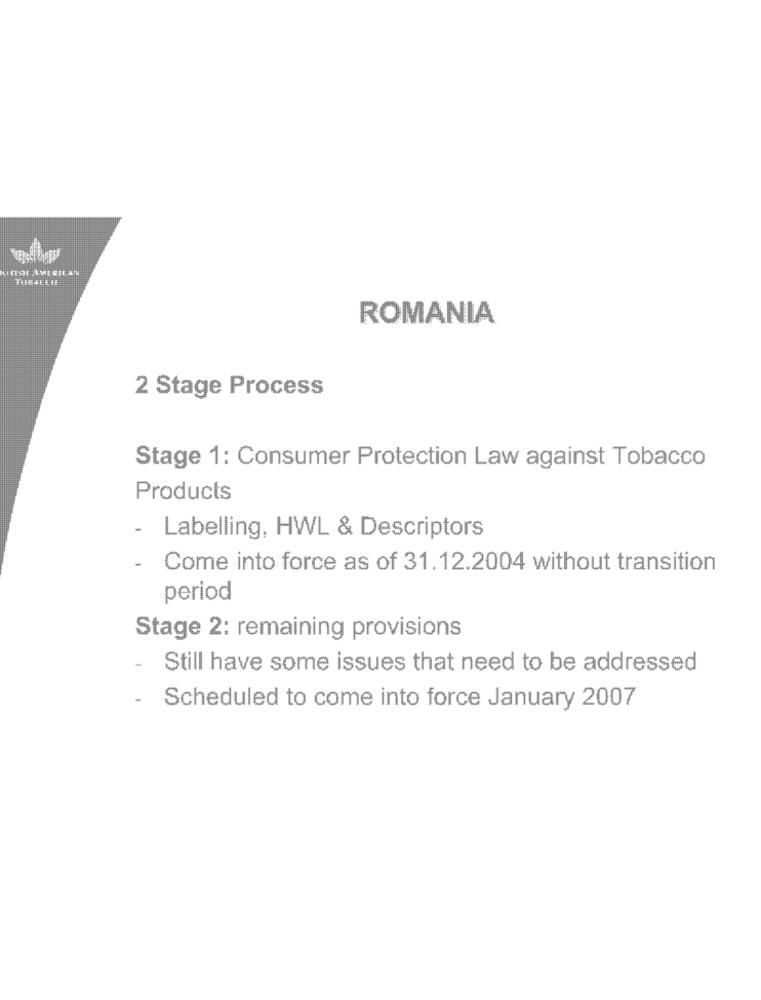
ROMANIA
2 Stage Process
Stage 1: Consumer Protection Law against Tobacco
Products
- Labelling, HWL & Descriptors
Come into force as of 31.12.2004 without transition
period
Stage 2: remaining provisions
Still have some issues that need to be addressed
-
Scheduled to come into force January 2007